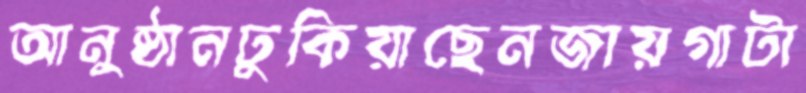
আনুষ্ঠানঢুকিয়াছেনজায়গাটা